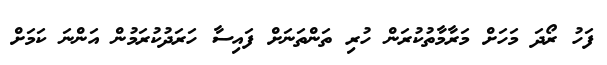
ފަހު ރޯދަ މަހަށް މަރާމާތުކުރަން ހުރި ތަންތަނަށް ފައިސާ ހަރަދުކުރަމުން އަންނަ ކަމަށް